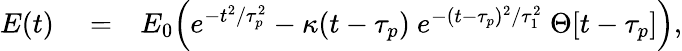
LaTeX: \begin{array}{rlr}{E(t)}&{{}=}&{E_{0}\Big(e^{-t^{2}/\tau_{p}^{2}}-\kappa(t-\tau_{p})\ e^{-(t-\tau_{p})^{2}/\tau_{1}^{2}}\ \Theta[t-\tau_{p}]\Big),}\end{array}